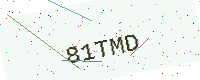
Text: 81TMD